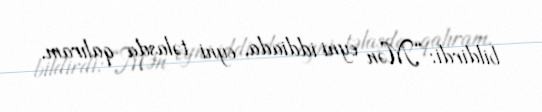
bildirdi: “Mən eyni iddiada, eyni təlaşda qalıram.